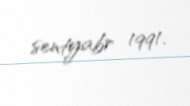
sentyabr 1991.